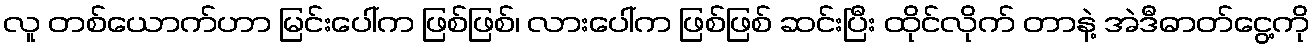
လူ တစ်ယောက်ဟာ မြင်းပေါ်က ဖြစ်ဖြစ်၊ လားပေါ်က ဖြစ်ဖြစ် ဆင်းပြီး ထိုင်လိုက် တာနဲ့ အဲဒီဓာတ်ငွေ့ကို